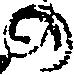
の